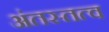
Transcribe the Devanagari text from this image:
अंतस्तत्व